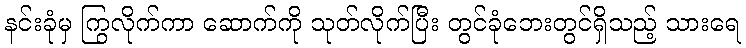
နင်းခုံမှ ကြွလိုက်ကာ ဆောက်ကို သုတ်လိုက်ပြီး တွင်ခုံဘေးတွင်ရှိသည့် သားရေ